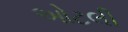
ઓટલી